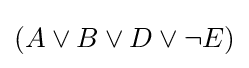
(A\lor B\lor D\lor \neg E)